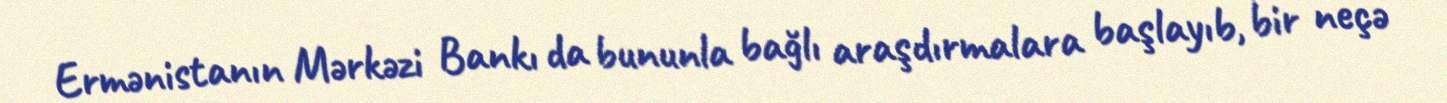
Ermənistanın Mərkəzi Bankı da bununla bağlı araşdırmalara başlayıb, bir neçə